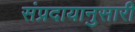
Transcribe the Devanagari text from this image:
संप्रदायानुसारी